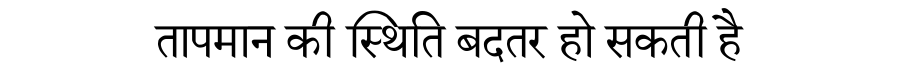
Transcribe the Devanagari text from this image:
तापमान की स्थिति बदतर हो सकती है